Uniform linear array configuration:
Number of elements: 48
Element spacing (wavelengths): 0.75
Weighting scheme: blackman
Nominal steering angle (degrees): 45
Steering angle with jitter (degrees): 47.0
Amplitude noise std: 0.05
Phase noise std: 0.05

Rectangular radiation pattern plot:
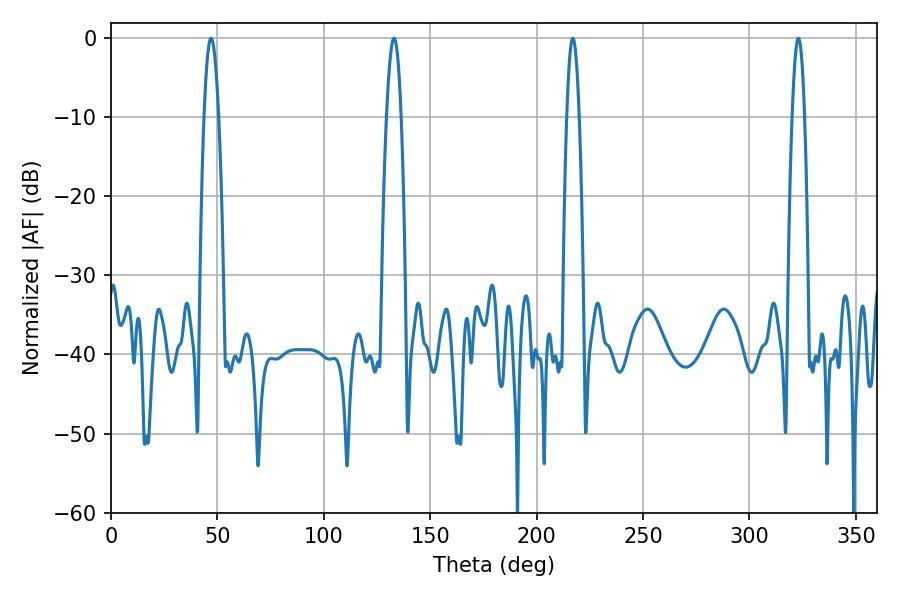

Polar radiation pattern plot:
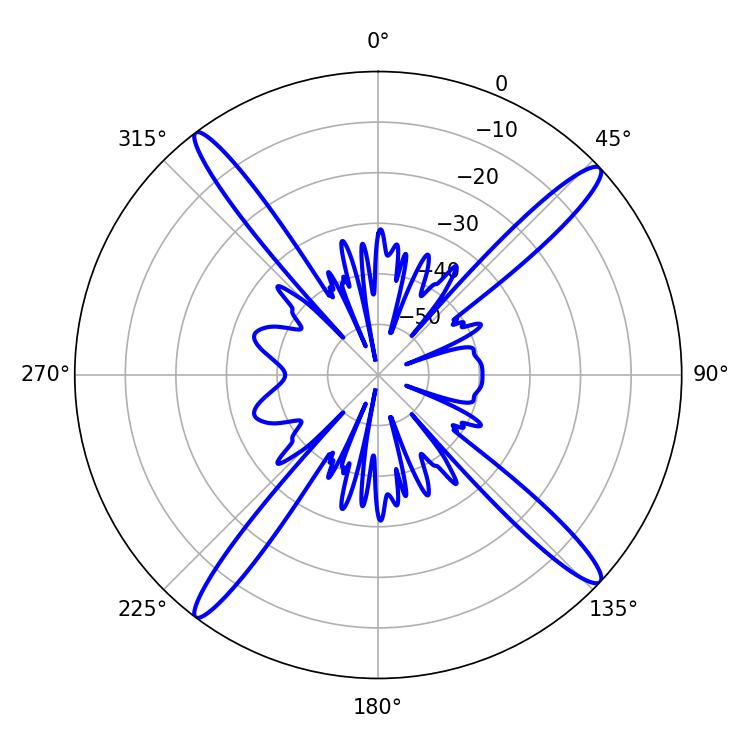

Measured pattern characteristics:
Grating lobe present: TRUE
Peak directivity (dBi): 18.069
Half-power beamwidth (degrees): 3.78
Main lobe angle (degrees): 46.98